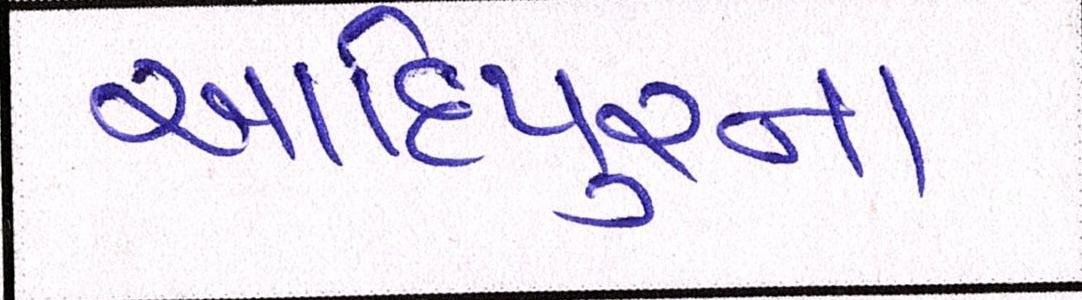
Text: આદિપુરના